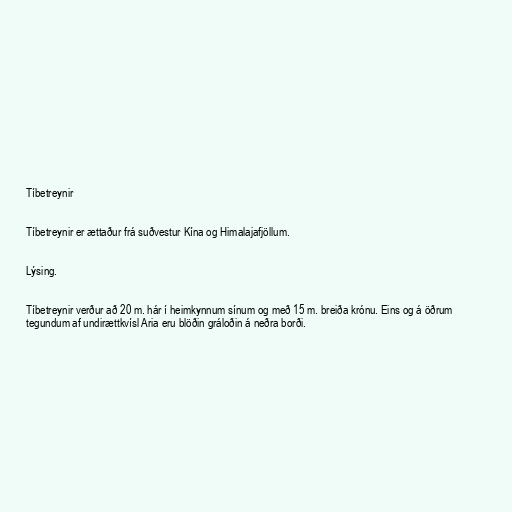
Tíbetreynir

Tíbetreynir er ættaður frá suðvestur Kína og Himalajafjöllum.

Lýsing.

Tíbetreynir verður að 20 m. hár í heimkynnum sínum og með 15 m. breiða krónu. Eins og á öðrum
tegundum af undirættkvísl Aria eru blöðin gráloðin á neðra borði.